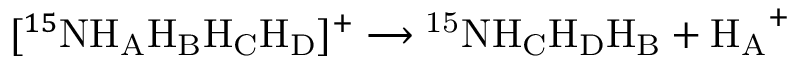
[ ^ { 1 5 } \mathrm { N H _ { A } H _ { B } H _ { C } H _ { D } } ] ^ { + } \longrightarrow \mathrm { ^ { 1 5 } N H _ { C } H _ { D } H _ { B } } + \mathrm { H _ { A } } ^ { + }